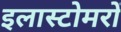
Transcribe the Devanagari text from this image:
इलास्टोमरों